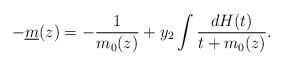
LaTeX: \begin{align*}-\underline m(z)=-\frac1{m_0(z)}+y_2\int \frac{dH(t)}{t+m_0(z)}.\end{align*}